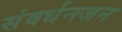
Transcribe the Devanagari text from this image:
संवर्धनजन